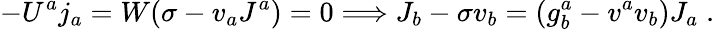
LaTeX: -U^{a}j_{a}=W(\sigma-v_{a}J^{a})=0\Longrightarrow J_{b}-\sigma v_{b}=\left(g_{b}^{a}-v^{a}v_{b}\right)J_{a}\; .